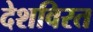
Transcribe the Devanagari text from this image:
देशविरत